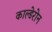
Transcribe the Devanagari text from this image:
काल्डेरोन